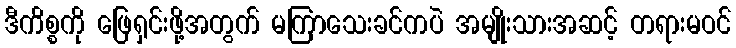
ဒီကိစ္စကို ဖြေရှင်းဖို့အတွက် မကြာသေးခင်ကပဲ အမျိုးသားအဆင့် တရားမဝင်